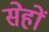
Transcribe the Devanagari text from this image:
सेहों